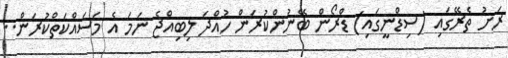
ރަށު ތެރޭގައި (ސިޑްނީގައި) ޑްރޯން ބޭނުންކުރަން ހުއްދަ ލިބިއްޖެ ނަމަ އެ މަސައްކަތްކުރަން..